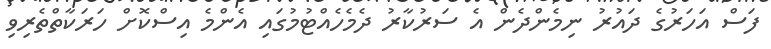
ފަސް އަހަރުގެ ދައުރު ނިމެންދެން އެ ސަރުކާރު ދެމެހެއްޓުމުގައި އެންމެ އިސްކޮށް ހަރަކާތްތެރިވި